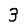
Digit: 3